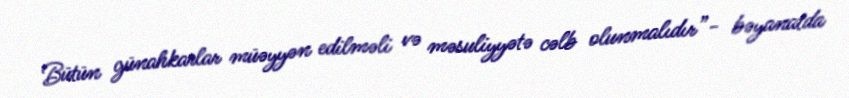
Bütün günahkarlar müəyyən edilməli və məsuliyyətə cəlb olunmalıdır”- bəyanatda